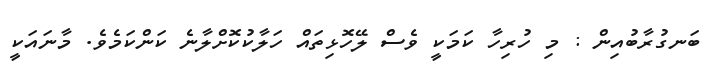
ބަނގުރާބުއިން : މި ހުރިހާ ކަމަކީ ވެސް ލޭހޮޅިތައް ހަލާކުކޮށްލާނެ ކަންކަމެވެ. މާނައަކީ